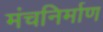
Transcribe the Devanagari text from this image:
मंचनिर्माण